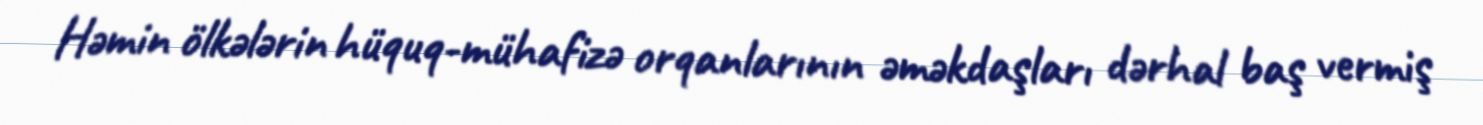
Həmin ölkələrin hüquq-mühafizə orqanlarının əməkdaşları dərhal baş vermiş